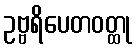
ဥဗ္ဗရိပေတဝတ္ထု